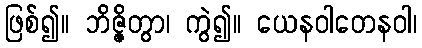
ဖြစ်၍။ ဘိဇ္ဇိတွာ၊ ကွဲ၍။ ယေနဝါတေနဝါ၊